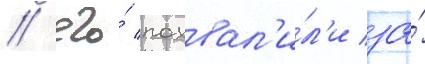
/ его́ похвал'и́л'и за́